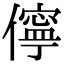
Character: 儜